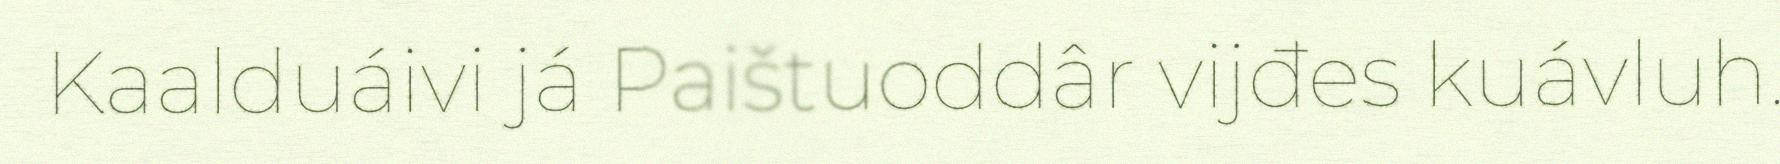
Kaalduáivi já Paištuoddâr vijđes kuávluh.